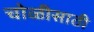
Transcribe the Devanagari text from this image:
चोळीसाठी